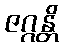
ဇဂ္ဂန္တိ